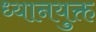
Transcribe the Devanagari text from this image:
ध्‍यानयुक्त